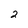
Character: 2